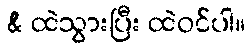
& ထဲသွားပြီး ထဲဝင်ပါ။